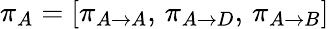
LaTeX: \pi_{A}=\left[\pi_{A\rightarrow A},\, \pi_{A\rightarrow D},\, \pi_{A\rightarrow B}\right]